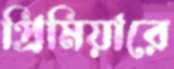
প্রিমিয়ারে